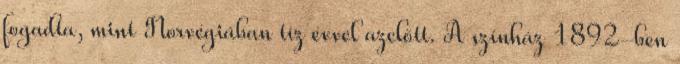
fogadta, mint Norvégiában tíz évvel azelőtt. A színház 1892-ben